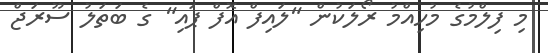
މި ފިލްމުގެ މުހިއްމު ރޯލަކުން "ލައިފް އޮފް ޕައި" ގެ ބަތަލު ސޫރަޖް